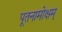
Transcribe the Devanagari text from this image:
पूतनामोक्षम्